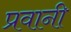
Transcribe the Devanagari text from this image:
प्रवानी